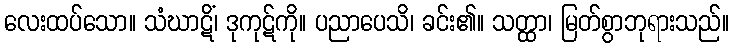
လေးထပ်သော။ သံဃာဋိံ၊ ဒုကုဋ်ကို။ ပညာပေသိ၊ ခင်း၏။ သတ္ထာ၊ မြတ်စွာဘုရားသည်။